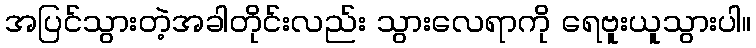
အပြင်သွားတဲ့အခါတိုင်းလည်း သွားလေရာကို ရေဗူးယူသွားပါ။